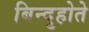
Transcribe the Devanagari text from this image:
बिन्दुहोते